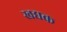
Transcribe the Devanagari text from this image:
खद्यक